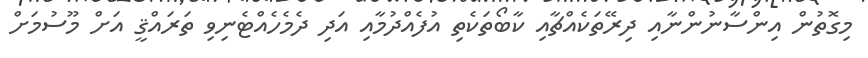
މިގޮތުން އިންސާނުންނާއި ދިރޭތަކެއްޗާއި ކާބޯތަކެތި އުފެއްދުމާއި އަދި ދެމެހެއްޓެނިވި ތަރައްޤީ އަށް މޫސުމަށް